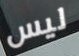
ليس